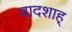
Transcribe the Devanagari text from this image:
बादशाह्